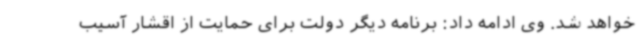
خواهد شد. وی ادامه داد: برنامه دیگر دولت برای حمایت از اقشار آسیب